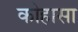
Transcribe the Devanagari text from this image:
कोहासा